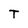
Character: T